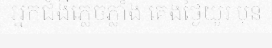
អ្នកជំងឺភ្លេចភ្លាំង គេងថ្ងៃយូរ មុន